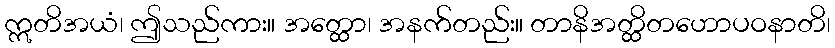
ဣတိအယံ၊ ဤသည်ကား။ အတ္ထော၊ အနက်တည်း။ တာနိအတ္ထိတဟောပဝနာတိ၊